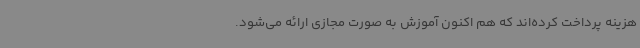
هزینه پرداخت کرده‌اند که هم اکنون آموزش به صورت مجازی ارائه می‌شود.